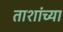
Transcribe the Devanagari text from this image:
ताशांच्या